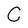
Character: C